画像に写った文字を読んでください
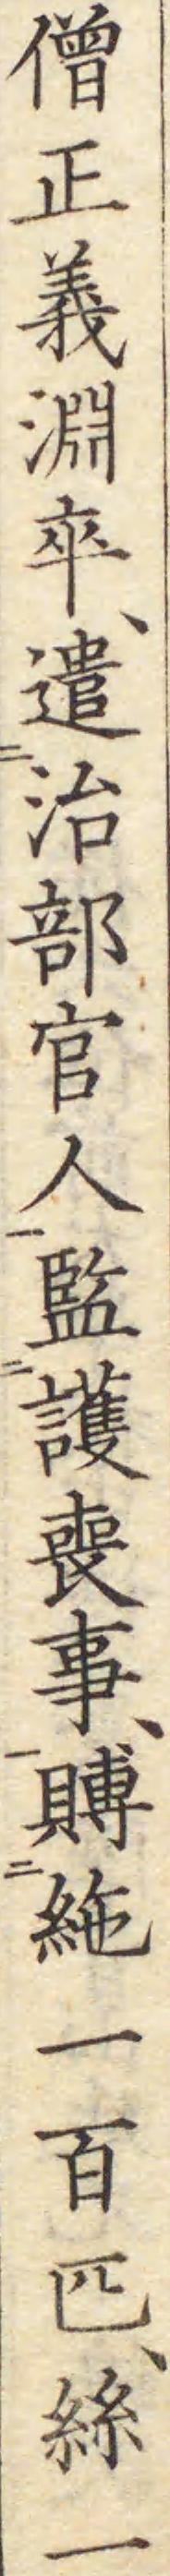
「僧正義淵卒、遣治部官人監護喪事、賻絁一百匹、絲一」と書いてあります